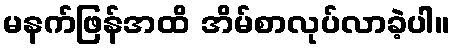
မနက်ဖြန်အထိ အိမ်စာလုပ်လာခဲ့ပါ။